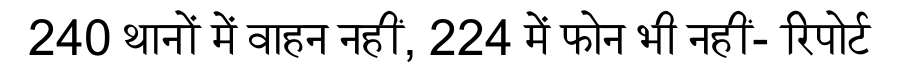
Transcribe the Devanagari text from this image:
240 थानों में वाहन नहीं, 224 में फोन भी नहीं- रिपोर्ट